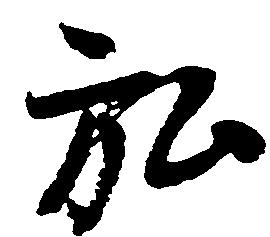
弘